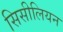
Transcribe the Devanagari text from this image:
सिसीलियन